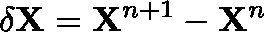
\mathbf { \delta X } = \mathbf { X } ^ { n + 1 } - \mathbf { X } ^ { n }